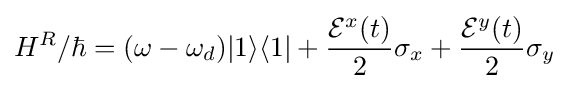
H^{R}/\hbar =(\omega -\omega _{d})|1\rangle \langle 1|+{\frac {{\mathcal {E}}^{x}(t)}{2}}\sigma _{x}+{\frac {{\mathcal {E}}^{y}(t)}{2}}\sigma _{y}